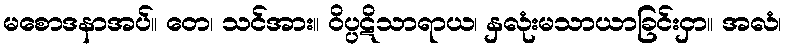
မစောဒနာအပ်။ တေ၊ သင်အား။ ဝိပ္ပဋိသာရာယ၊ နှလုံးမသာယာခြင်းငှာ။ အလံ၊